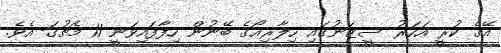
އޭގެ ކުރީ އަހަރު ސީޒަނުގައި ހިލާރިއޯގެ ބޭނުން ހިފާފައިވަނީ 11 މެޗުގަ އެވެ.